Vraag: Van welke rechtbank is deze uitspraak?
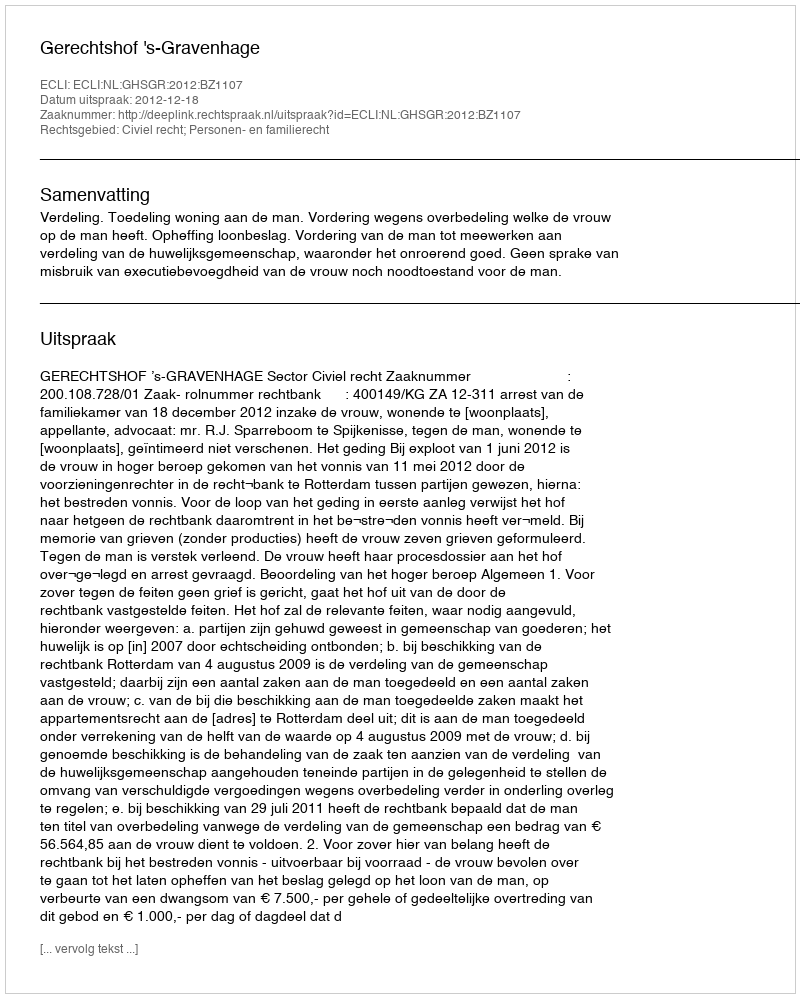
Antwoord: Gerechtshof 's-Gravenhage